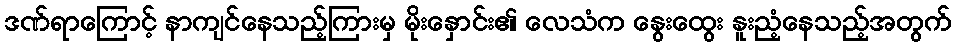
ဒဏ်ရာကြောင့် နာကျင်နေသည့်ကြားမှ မိုးနှောင်း၏ လေသံက နွေးထွေး နူးညံ့နေသည့်အတွက်